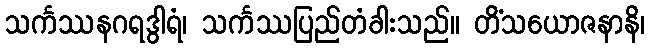
သင်္ကဿနဂရဒွါရံ၊ သင်္ကဿပြည်တံခါးသည်။ တိံသယောဇနာနိ၊